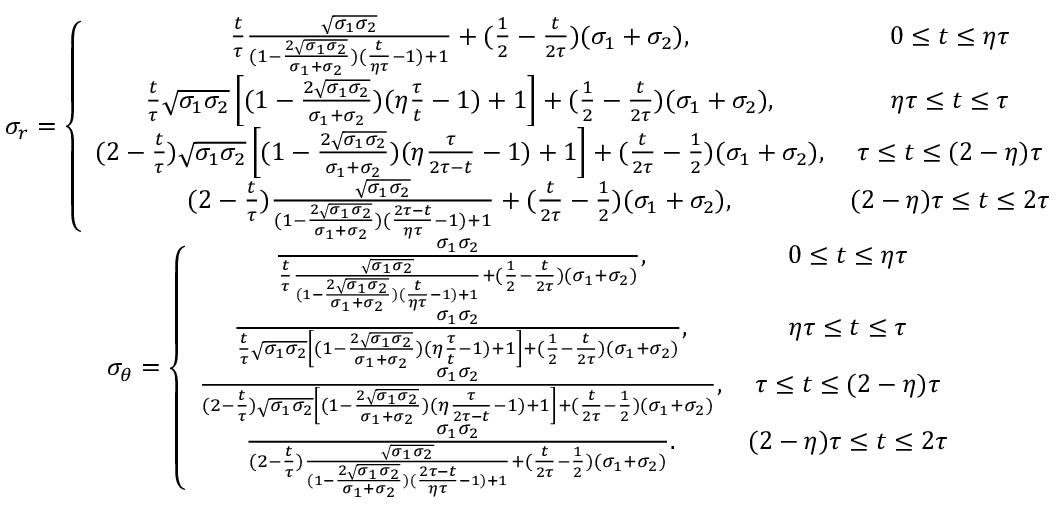
\begin{array} { c c } { \sigma _ { r } = \left\lbrace \begin{array} { c c } { \frac { t } { \tau } \frac { \sqrt { \sigma _ { 1 } \sigma _ { 2 } } } { ( 1 - \frac { 2 \sqrt { \sigma _ { 1 } \sigma _ { 2 } } } { \sigma _ { 1 } + \sigma _ { 2 } } ) ( \frac { t } { \eta \tau } - 1 ) + 1 } + ( \frac { 1 } { 2 } - \frac { t } { 2 \tau } ) ( \sigma _ { 1 } + \sigma _ { 2 } ) , } & { 0 \le t \le \eta \tau } \\ { \frac { t } { \tau } \sqrt { \sigma _ { 1 } \sigma _ { 2 } } \left[ ( 1 - \frac { 2 \sqrt { \sigma _ { 1 } \sigma _ { 2 } } } { \sigma _ { 1 } + \sigma _ { 2 } } ) ( \eta \frac { \tau } { t } - 1 ) + 1 \right] + ( \frac { 1 } { 2 } - \frac { t } { 2 \tau } ) ( \sigma _ { 1 } + \sigma _ { 2 } ) , } & { \eta \tau \le t \le \tau } \\ { ( 2 - \frac { t } { \tau } ) \sqrt { \sigma _ { 1 } \sigma _ { 2 } } \left[ ( 1 - \frac { 2 \sqrt { \sigma _ { 1 } \sigma _ { 2 } } } { \sigma _ { 1 } + \sigma _ { 2 } } ) ( \eta \frac { \tau } { 2 \tau - t } - 1 ) + 1 \right] + ( \frac { t } { 2 \tau } - \frac { 1 } { 2 } ) ( \sigma _ { 1 } + \sigma _ { 2 } ) , } & { \tau \le t \le ( 2 - \eta ) \tau } \\ { ( 2 - \frac { t } { \tau } ) \frac { \sqrt { \sigma _ { 1 } \sigma _ { 2 } } } { ( 1 - \frac { 2 \sqrt { \sigma _ { 1 } \sigma _ { 2 } } } { \sigma _ { 1 } + \sigma _ { 2 } } ) ( \frac { 2 \tau - t } { \eta \tau } - 1 ) + 1 } + ( \frac { t } { 2 \tau } - \frac { 1 } { 2 } ) ( \sigma _ { 1 } + \sigma _ { 2 } ) , } & { ( 2 - \eta ) \tau \le t \le 2 \tau } \end{array} \right. } \\ { \sigma _ { \theta } = \left\lbrace \begin{array} { c c } { \frac { \sigma _ { 1 } \sigma _ { 2 } } { \frac { t } { \tau } \frac { \sqrt { \sigma _ { 1 } \sigma _ { 2 } } } { ( 1 - \frac { 2 \sqrt { \sigma _ { 1 } \sigma _ { 2 } } } { \sigma _ { 1 } + \sigma _ { 2 } } ) ( \frac { t } { \eta \tau } - 1 ) + 1 } + ( \frac { 1 } { 2 } - \frac { t } { 2 \tau } ) ( \sigma _ { 1 } + \sigma _ { 2 } ) } , } & { 0 \le t \le \eta \tau } \\ { \frac { \sigma _ { 1 } \sigma _ { 2 } } { \frac { t } { \tau } \sqrt { \sigma _ { 1 } \sigma _ { 2 } } \left[ ( 1 - \frac { 2 \sqrt { \sigma _ { 1 } \sigma _ { 2 } } } { \sigma _ { 1 } + \sigma _ { 2 } } ) ( \eta \frac { \tau } { t } - 1 ) + 1 \right] + ( \frac { 1 } { 2 } - \frac { t } { 2 \tau } ) ( \sigma _ { 1 } + \sigma _ { 2 } ) } , } & { \eta \tau \le t \le \tau } \\ { \frac { \sigma _ { 1 } \sigma _ { 2 } } { ( 2 - \frac { t } { \tau } ) \sqrt { \sigma _ { 1 } \sigma _ { 2 } } \left[ ( 1 - \frac { 2 \sqrt { \sigma _ { 1 } \sigma _ { 2 } } } { \sigma _ { 1 } + \sigma _ { 2 } } ) ( \eta \frac { \tau } { 2 \tau - t } - 1 ) + 1 \right] + ( \frac { t } { 2 \tau } - \frac { 1 } { 2 } ) ( \sigma _ { 1 } + \sigma _ { 2 } ) } , } & { \tau \le t \le ( 2 - \eta ) \tau } \\ { \frac { \sigma _ { 1 } \sigma _ { 2 } } { ( 2 - \frac { t } { \tau } ) \frac { \sqrt { \sigma _ { 1 } \sigma _ { 2 } } } { ( 1 - \frac { 2 \sqrt { \sigma _ { 1 } \sigma _ { 2 } } } { \sigma _ { 1 } + \sigma _ { 2 } } ) ( \frac { 2 \tau - t } { \eta \tau } - 1 ) + 1 } + ( \frac { t } { 2 \tau } - \frac { 1 } { 2 } ) ( \sigma _ { 1 } + \sigma _ { 2 } ) } . } & { ( 2 - \eta ) \tau \le t \le 2 \tau } \end{array} \right. } \end{array}